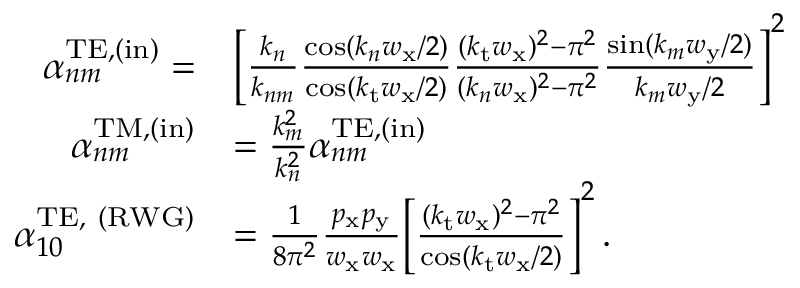
\begin{array} { r l } { \alpha _ { n m } ^ { \mathrm { T E } , ( \mathrm { i n } ) } = } & { \bigg [ \frac { k _ { n } } { k _ { n m } } \frac { \cos ( k _ { n } w _ { \mathrm { x } } / 2 ) } { \cos ( k _ { \mathrm { t } } w _ { \mathrm { x } } / 2 ) } \frac { ( k _ { \mathrm { t } } w _ { \mathrm { x } } ) ^ { 2 } - \pi ^ { 2 } } { ( k _ { n } w _ { \mathrm { x } } ) ^ { 2 } - \pi ^ { 2 } } \frac { \sin ( k _ { m } w _ { \mathrm { y } } / 2 ) } { k _ { m } w _ { \mathrm { y } } / 2 } \bigg ] ^ { 2 } } \\ { \alpha _ { n m } ^ { \mathrm { T M } , ( \mathrm { i n } ) } } & { = \frac { k _ { m } ^ { 2 } } { k _ { n } ^ { 2 } } \alpha _ { n m } ^ { \mathrm { T E } , ( \mathrm { i n } ) } } \\ { \alpha _ { 1 0 } ^ { \mathrm { T E , ~ ( R W G ) } } } & { = \frac { 1 } { 8 \pi ^ { 2 } } \frac { p _ { \mathrm { x } } p _ { \mathrm { y } } } { w _ { \mathrm { x } } w _ { \mathrm { x } } } \bigg [ \frac { ( k _ { \mathrm { t } } w _ { \mathrm { x } } ) ^ { 2 } - \pi ^ { 2 } } { \cos ( k _ { \mathrm { t } } w _ { \mathrm { x } } / 2 ) } \bigg ] ^ { 2 } \, . } \end{array}